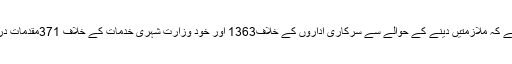
وزارت کا کہناہے کہ ملازمتیں دینے کے حوالے سے سرکاری اداروں کے خلاف1363 اور خود وزارت شہری خدمات کے خلاف 371مقدمات درج کرائے گئے۔